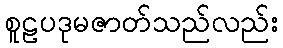
စူဠပဒုမဇာတ်သည်လည်း